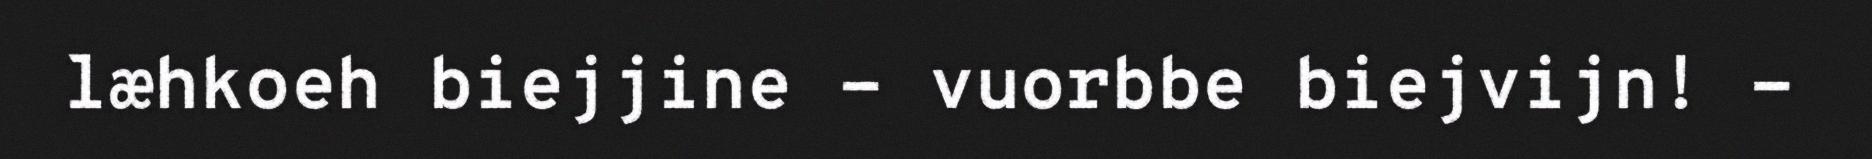
læhkoeh biejjine - vuorbbe biejvijn! -